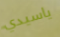
ياسيدي